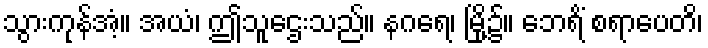
သွားကုန်အံ့။ အယံ၊ ဤသူဌေးသည်။ နဂရေ၊ မြို့၌။ ဘေရိံ စရာပေတိ၊